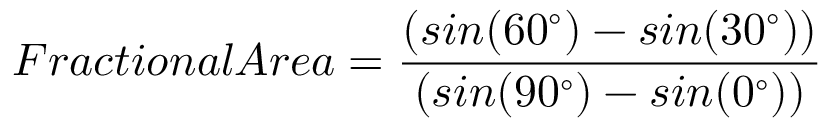
F r a c t i o n a l A r e a = \frac { ( s i n ( 6 0 ^ { \circ } ) - s i n ( 3 0 ^ { \circ } ) ) } { ( s i n ( 9 0 ^ { \circ } ) - s i n ( 0 ^ { \circ } ) ) }